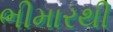
ભીમારથી